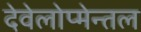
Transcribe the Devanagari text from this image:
देवेलोप्मेन्तल